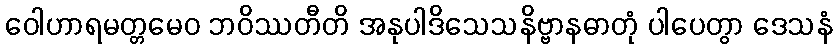
ဝေါဟာရမတ္တမေဝ ဘဝိဿတီတိ အနုပါဒိသေသနိဗ္ဗာနဓာတုံ ပါပေတွာ ဒေသနံ